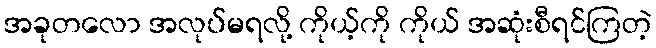
အခုတလော အလုပ်မရလို့ ကိုယ့်ကို ကိုယ် အဆုံးစီရင်ကြတဲ့